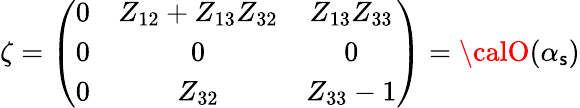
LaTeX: \zeta=\left(\begin{array}{ccc}{{0}}&{{Z_{12}+Z_{13}Z_{32}}}&{{Z_{13}Z_{33}}}\\ {{0}}&{{0}}&{{0}}\\ {{0}}&{{Z_{32}}}&{{Z_{33}-1}}\end{array}\right)={\calO}(\alpha_{\mathsf{s}})